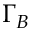
\Gamma _ { B }